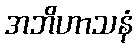
အဘိဟာသနံ